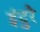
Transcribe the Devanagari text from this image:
इंदुरे